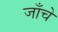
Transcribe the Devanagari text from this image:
जाँचे